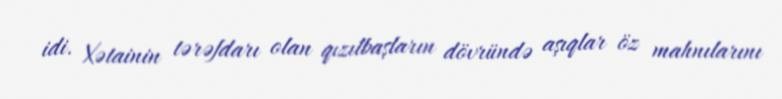
idi. Xətainin tərəfdarı olan qızılbaşların dövründə aşıqlar öz mahnılarını